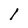
Character: l